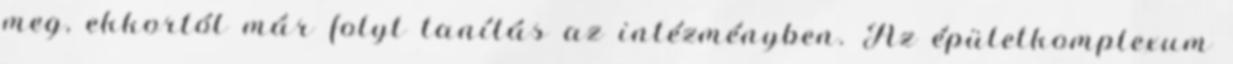
meg, ekkortól már folyt tanítás az intézményben. Az épületkomplexum